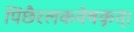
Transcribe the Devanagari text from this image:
पिंछैरलकवेषकृत्‌।